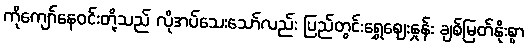
ကိုကျော်နေဝင်းတို့သည် လိုအပ်သေးသော်လည်း ပြည်တွင်းရွှေဈေးနှုန်း ချစ်မြတ်နိုးစွာ